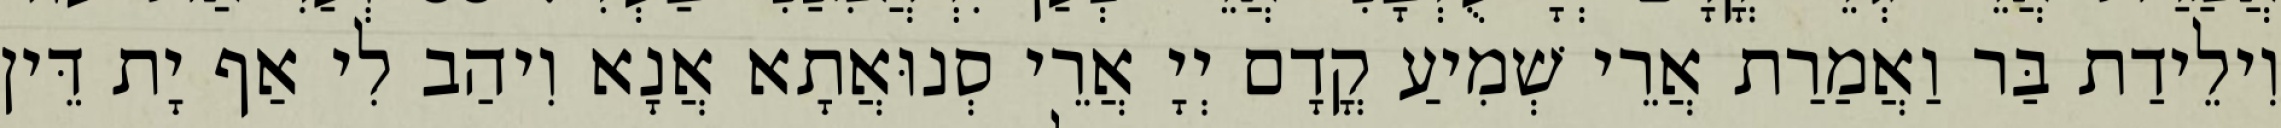
וִילֵידַת בַּר וַאֲמַרַת אֲרֵי שְׁמִיעַ קֳדָם יְיָ אֲרֵי סְנוּאֲתָא אֲנָא וִיהַב לִי אַף יָת דֵּין